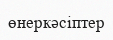
өнеркәсіптер